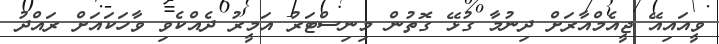
ވީއައިއޭ ޖީއެމްއާރަށް ދިނުމާ ގުޅޭ ގޮތުން މިނިސްޓަރު އަމީރު ދެއްކެވި ވާހަކައަށް ރައްދު